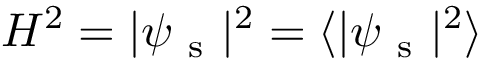
H ^ { 2 } = | \psi _ { \mathrm { ~ s ~ } } | ^ { 2 } = \langle | \psi _ { \mathrm { ~ s ~ } } | ^ { 2 } \rangle